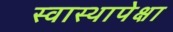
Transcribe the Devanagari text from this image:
स्वास्थापेक्षा